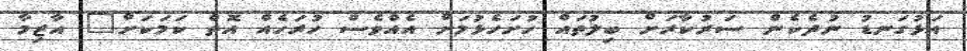
އަޅުގަނޑު ނުދެކެން ސަރުކާރަށް ބިލުތައް ހުށަހެޅުމަށް އެއްވެސް ހުރަހެއް އޮތް ކަމަކަށް" އާޒިމާ